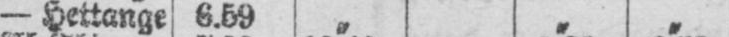
- Hettange 6.59 „ ,, „